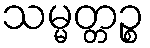
သမ္မတ္တဉ္စ